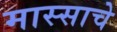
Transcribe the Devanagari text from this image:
मास्साचे